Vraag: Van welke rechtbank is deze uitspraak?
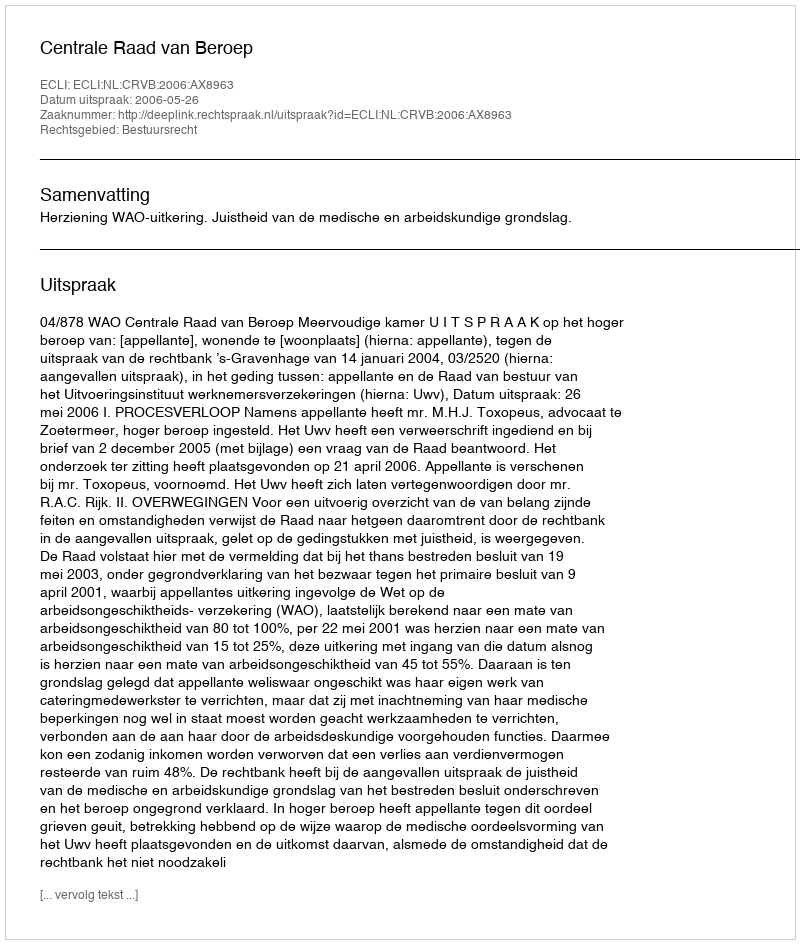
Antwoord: Centrale Raad van Beroep